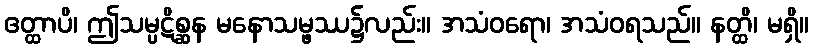
ဧတ္ထာပိ၊ ဤသမ္ပဋိစ္ဆန မနောသမ္ဖဿ၌လည်း။ အသံဝရော၊ အသံဝရသည်။ နတ္ထိ၊ မရှိ။